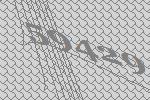
59429